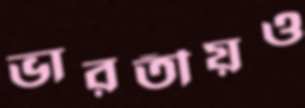
ভারতীয়ও